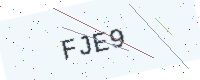
Text: FJE9